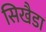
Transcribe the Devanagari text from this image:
सिखैडा